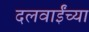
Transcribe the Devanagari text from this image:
दलवाईंच्या